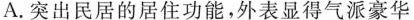
A.突出民居的居住功能，外表显得气派豪华